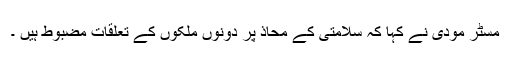
مسٹر مودی نے کہا کہ سلامتی کے محاذ پر دونوں ملکوں کے تعلقات مضبوط ہیں ۔